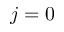
j = 0